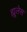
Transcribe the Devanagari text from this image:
ह्यूलेस